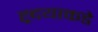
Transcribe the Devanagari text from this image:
ह्र्दयाकडे